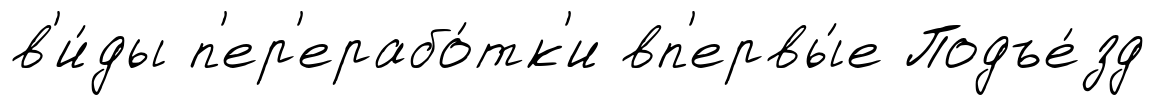
в'и́ды п'ер'ерабо́тк'и вп'ервы́е Подъе́зд